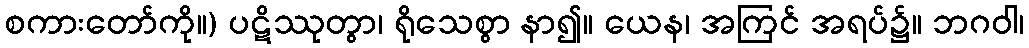
စကားတော်ကို။) ပဋိဿုတွာ၊ ရိုသေစွာ နာ၍။ ယေန၊ အကြင် အရပ်၌။ ဘဂဝါ၊